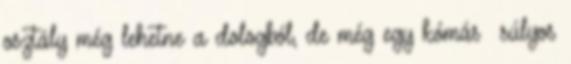
osztály még lehetne a dologból, de még egy kómás súlyos